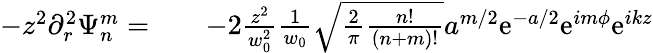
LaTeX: \begin{array}{rlr}{-z^{2}\partial_{r}^{2}\Psi_{n}^{m}=}&{{}}&{-2\frac{z^{2}}{w_{0}^{2}}\frac{1}{w_{0}}\sqrt{\frac{2}{\pi}\frac{n!}{(n+m)!}}a^{m/2}\mathrm{e}^{-a/2}\mathrm{e}^{im\phi}\mathrm{e}^{ikz}}\end{array}